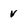
Character: v